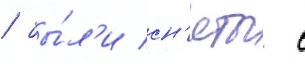
/ бы́л'и сн'яты с